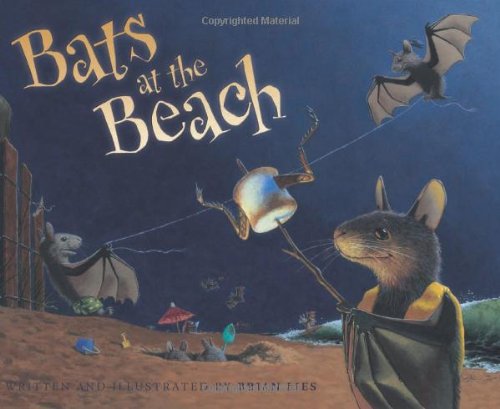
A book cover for Bats at the Beach (A Bat Book); Brian Lies; Children's Books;